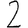
Digit: 2